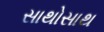
સાથોસાથ